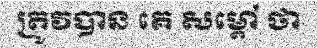
ត្រូវបាន គេ សម្តៅ ថា